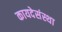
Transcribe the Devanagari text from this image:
कायदेसंस्था